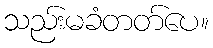
သည်းမခံတတ်ပေ။